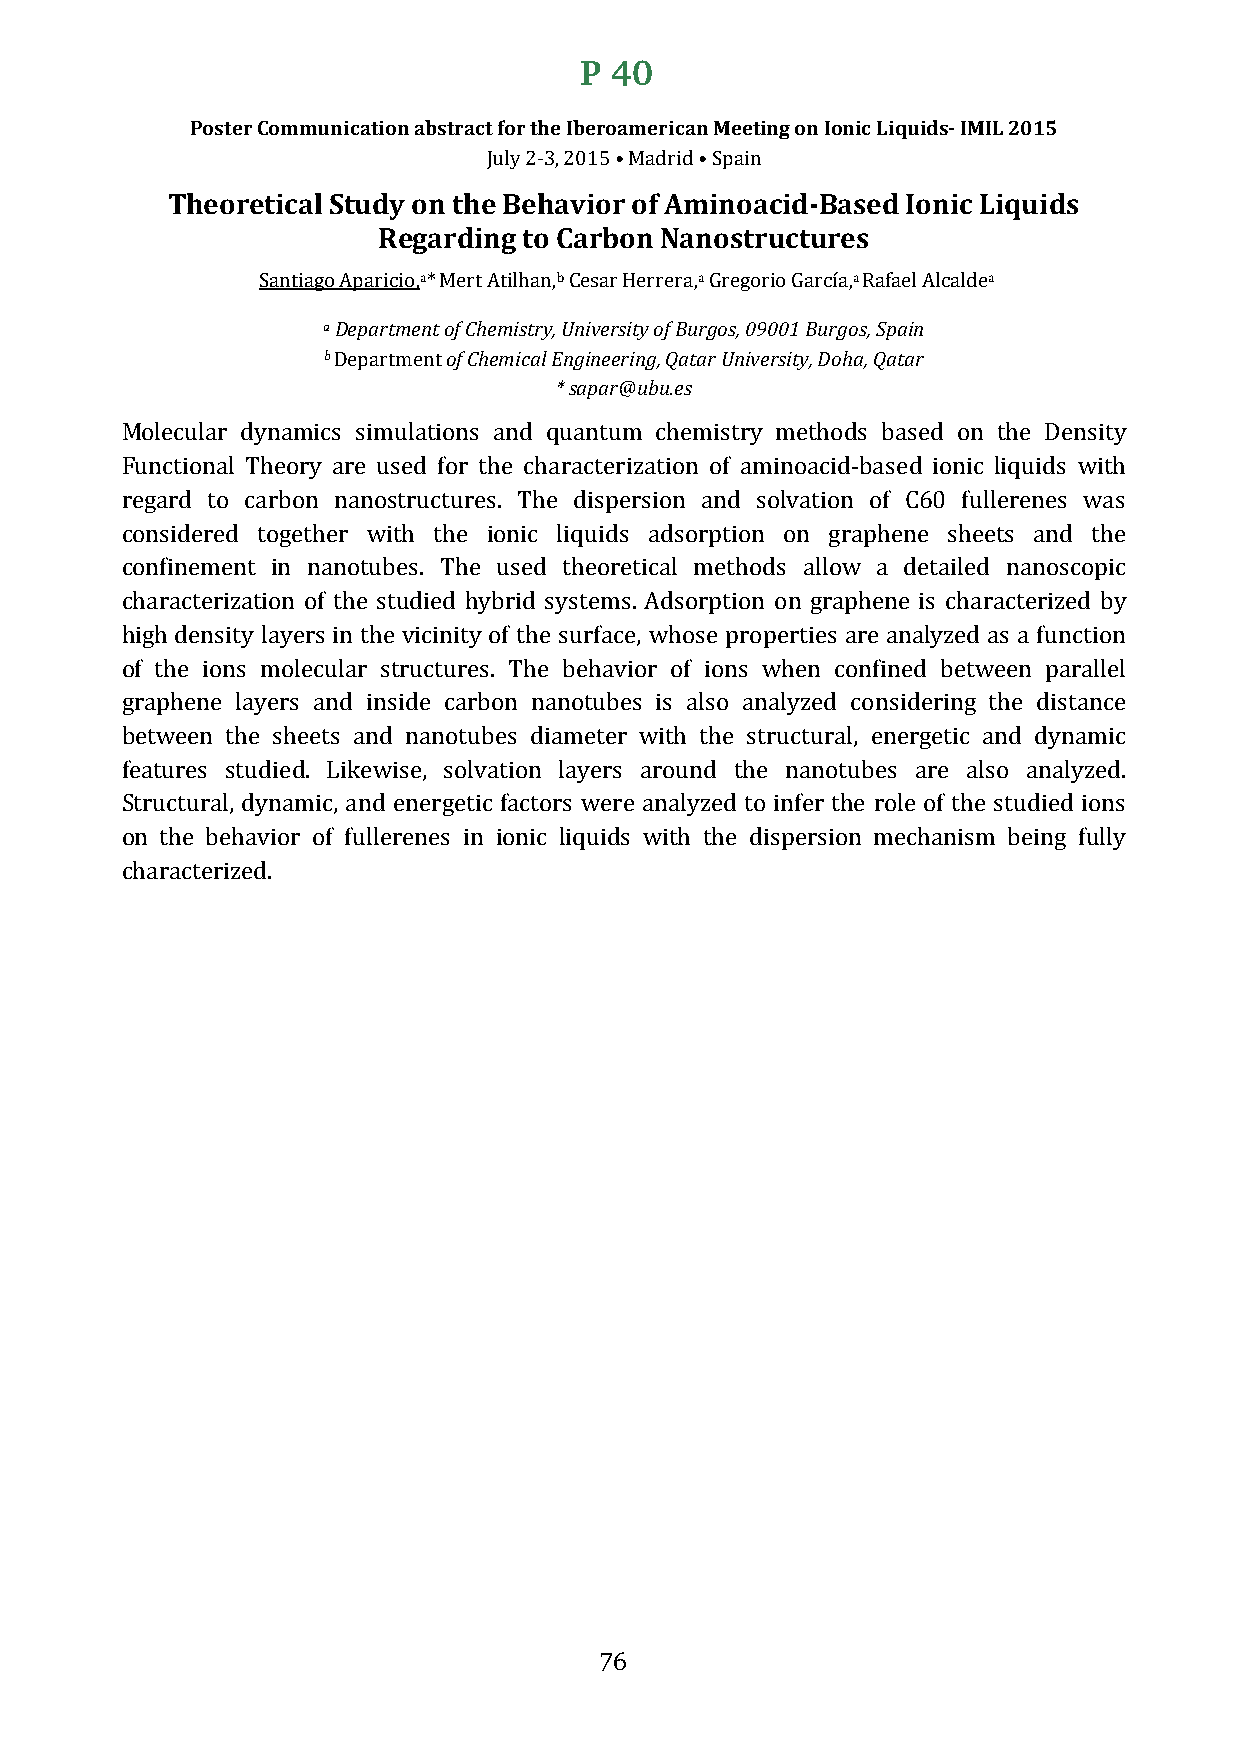
P 40
 Poster Communication abstract for the Iberoamerican Meeting on Ionic Liquids- IMIL 2015
 Theoretical Study on theJu Bly e2-h3a, 2v0i1o5 r• Moafd Aridm • iSnpaoina cid-Based Ionic Liquids
 Regarding to Carbon Nanostructures
 a        b        a         a        a
 Santiagao D Aeppaarritcmioe,n*t M ofe Crth Aemtilihstarny,, U Cneisvaerr sHiteyr oref rBau,r gGorse,g 0o9r0io0 1G aBrucrígao,sR, aSfpaaeiln A lcalde
 b        of Chemical Engineering, Qatar University, Doha, Qatar
 * sapar@ubu.es
 Department
 Molecular dynamics simulations and quantum chemistry methods based on the Density
 Functional Theory are used for the characterization of aminoacid-based ionic liquids with
 regard to carbon nanostructures. The dispersion and solvation of C60 fullerenes was
 considered together with the ionic liquids adsorption on graphene sheets and the
 confinement in nanotubes. The used theoretical methods allow a detailed nanoscopic
 characterization of the studied hybrid systems. Adsorption on graphene is characterized by
 high density layers in the vicinity of the surface, whose properties are analyzed as a function
 of the ions molecular structures. The behavior of ions when confined between parallel
 graphene layers and inside carbon nanotubes is also analyzed considering the distance
 between the sheets and nanotubes diameter with the structural, energetic and dynamic
 features studied. Likewise, solvation layers around the nanotubes are also analyzed.
 Structural, dynamic, and energetic factors were analyzed to infer the role of the studied ions
 on the behavior of fullerenes in ionic liquids with the dispersion mechanism being fully
 characterized.
 76